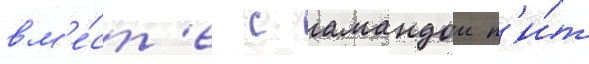
вм'е́ст'е с амандои п'и́т